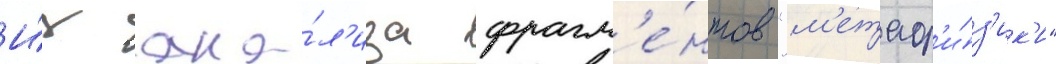
И́з ана́л'иза фрагм'е́нтов "м'етаф'и́з'ик'и"